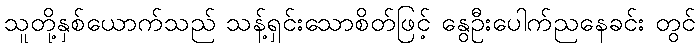
သူတို့နှစ်ယောက်သည် သန့်ရှင်းသောစိတ်ဖြင့် နွေဦးပေါက်ညနေခင်း တွင်